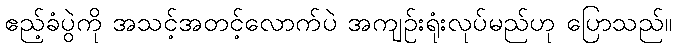
ဧည့်ခံပွဲကို အသင့်အတင့်လောက်ပဲ အကျဉ်းရုံးလုပ်မည်ဟု ပြောသည်။